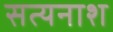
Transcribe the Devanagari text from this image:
सत्यनाश